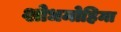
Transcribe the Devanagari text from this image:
शोधमोहिमा